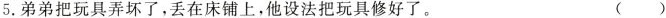
5.弟弟把玩具弄坏了，丢在床铺上，他设法把玩具修好了。 ()